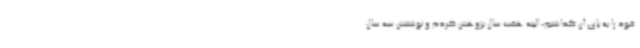
خود را به پای آن گذاشتم، البته هفت سال پژوهش کردم و نوشتنش سه سال